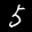
Label: 5